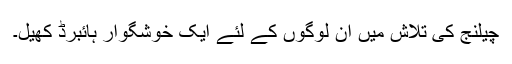
چیلنج کی تلاش میں ان لوگوں کے لئے ایک خوشگوار ہائبرڈ کھیل۔